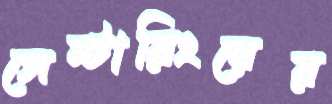
সেন্টারিংয়ের